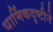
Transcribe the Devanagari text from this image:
धार्मिकदृष्टीने